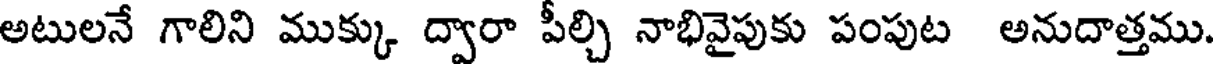
అటులనే గాలిని ముక్కు ద్వారా పీల్చి నాభివైపుకు పంపుట అనుదాత్తము.